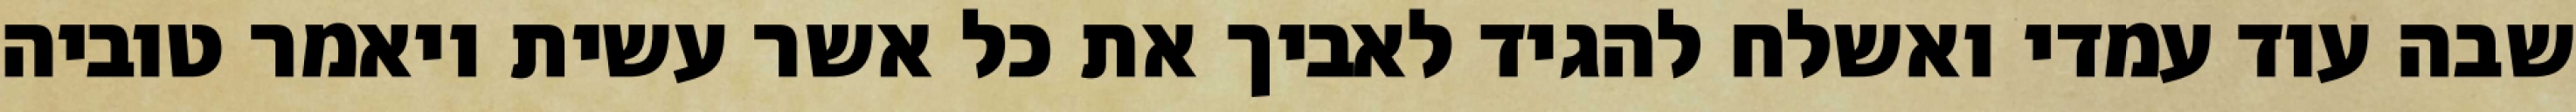
שבה עוד עמדי ואשלח להגיד לאביך את כל אשר עשית ויאמר טוביה